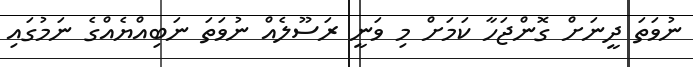
ނުވަތަ ދީނަށް ގޮންޖަހާ ކަމަށް މި ވަނީ ރަސޫލެއް ނުވަތަ ނަބިއްޔެއްގެ ނަމުގައި